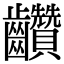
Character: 𪚇